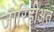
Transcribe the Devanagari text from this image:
जारिहीअत